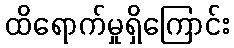
ထိရောက်မှုရှိကြောင်း